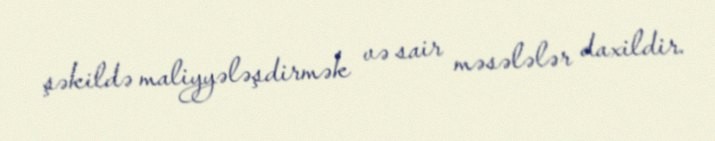
şəkildə maliyyələşdirmək və sair məsələlər daxildir.